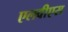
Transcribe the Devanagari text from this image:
एलवीएस